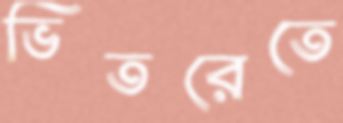
ভিতরেতে